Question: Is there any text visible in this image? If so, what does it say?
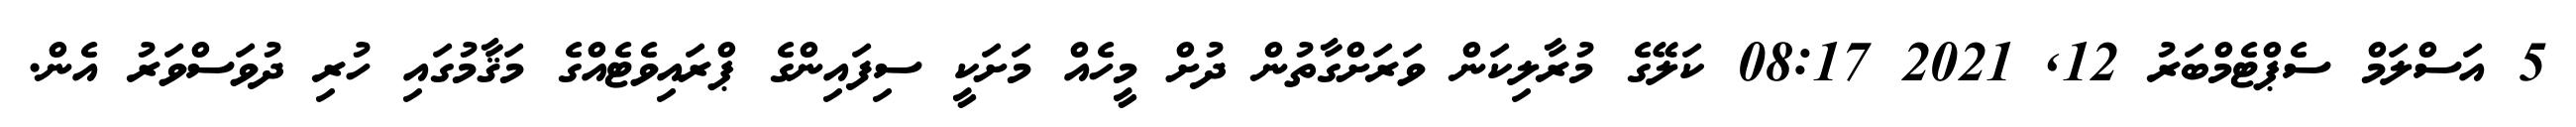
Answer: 5 އަސްލަމް ސެޕްޓެމްބަރު 12, 2021 08:17 ކަލޭގެ މުރާލިކަން ވަރަށްގާތުން ދުށް މީހެއް މަށަކީ ސިފައިންގެ ޕްރައިވެޓެއްގެ މަޤާމުގައި ހުރި ދުވަސްވަރު އެން.